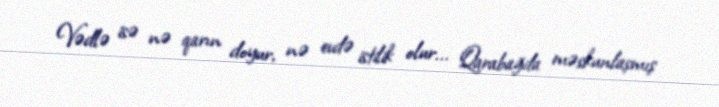
Vədlə isə nə qarın doyur, nə evdə istilik olur... Qarabağda məskunlaşmış